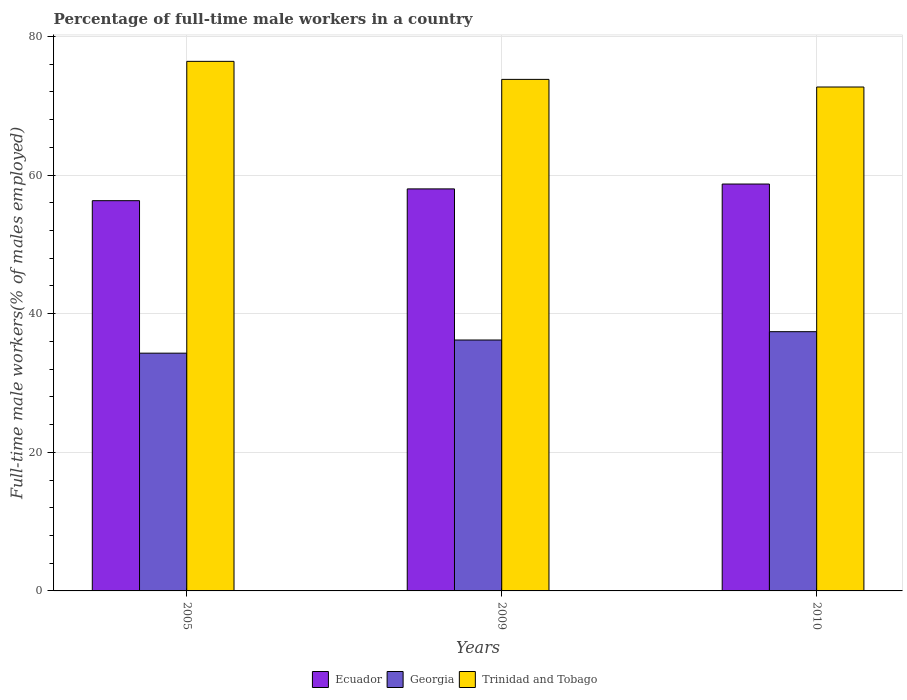
| Years | Ecuador | Georgia | Trinidad and Tobago |
 | --- | --- | --- | --- |
 | 2005 | 56.3 | 34.3 | 76.4 |
 | 2009 | 58 | 36.2 | 73.8 |
 | 2010 | 58.7 | 37.4 | 72.7 |